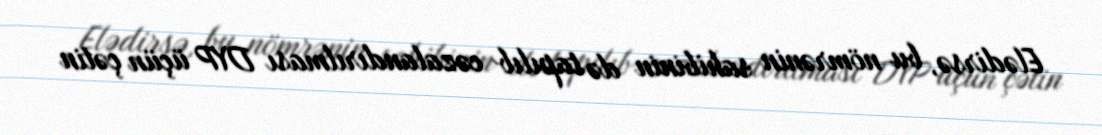
Elədirsə, bu nömrənin sahibinin də tapılıb cəzalandırılması DYP üçün çətin